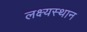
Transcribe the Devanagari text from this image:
लक्ष्यस्थान